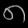
Digit: ၈